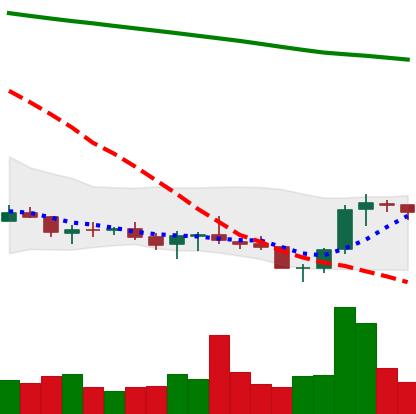
Ticker: XLM-USD
Chart end date: 2021-07-25
Forward return: 6.754%
Label: up_5_7